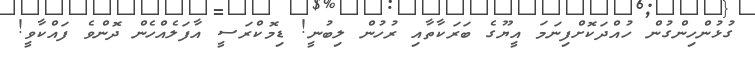
ގުޅުންހިންގުން ހުއްދަކޮށްފިނަމަ އީޔޫގެ ބަރަކާތާއި ރުހުން ލިބުނީ! ޑިމޮކްރަސީ އާފަލެއްހެން ދޮންވެ ފައްކާވީ!